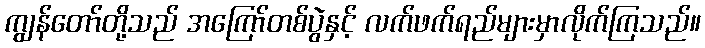
ကျွန်တော်တို့သည် အကြော်တစ်ပွဲနှင့် လက်ဖက်ရည်များမှာလိုက်ကြသည်။